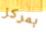
بمركز